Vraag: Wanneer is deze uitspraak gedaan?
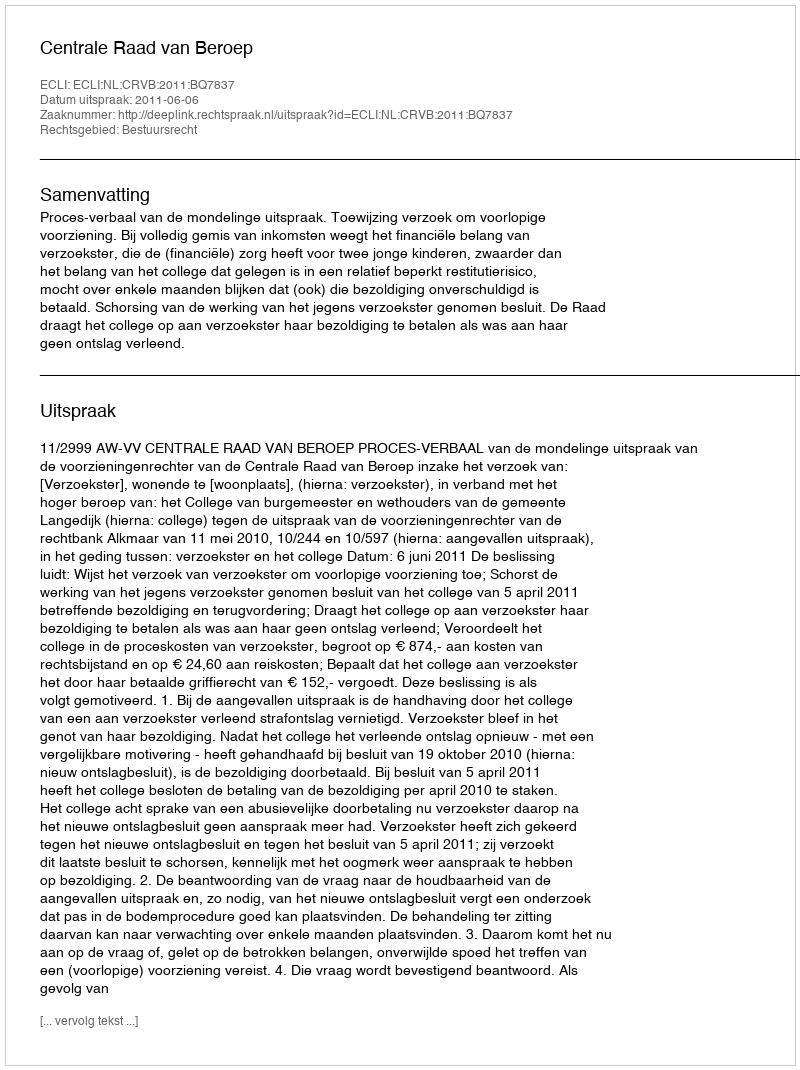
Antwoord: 2011-06-06